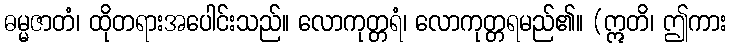
ဓမ္မဇာတံ၊ ထိုတရားအပေါင်းသည်။ လောကုတ္တရံ၊ လောကုတ္တရမည်၏။ (ဣတိ၊ ဤကား